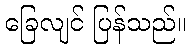
ခြေလျင် ပြန်သည်။